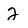
Character: 2